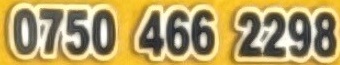
0750 466 2298